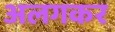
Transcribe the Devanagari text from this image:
अलगकर